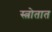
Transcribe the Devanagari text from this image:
स्त्रोतात